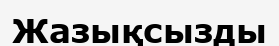
Жазықсызды